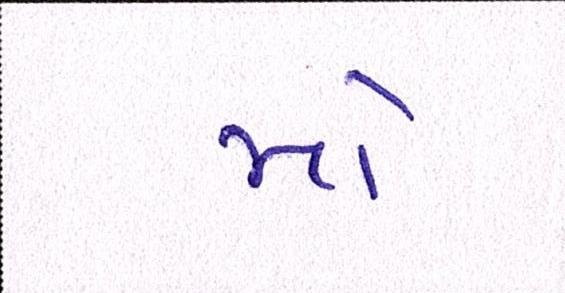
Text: મો